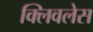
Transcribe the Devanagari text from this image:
क्लिवलेस